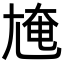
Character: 㞄